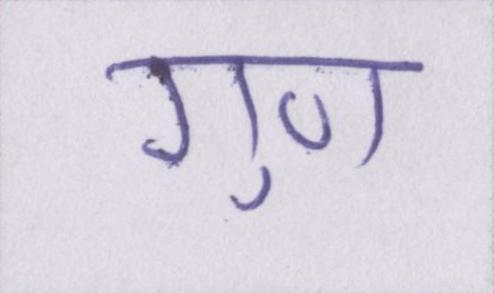
गुण